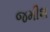
જમીશ